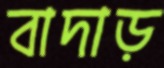
বাদাড়